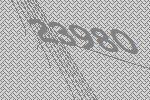
23980